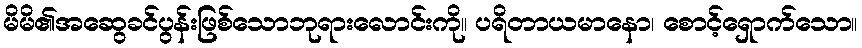
မိမိ၏အဆွေခင်ပွန်းဖြစ်သောဘုရားလောင်းကို။ ပရိတာယမာနော၊ စောင့်ရှောက်သော။